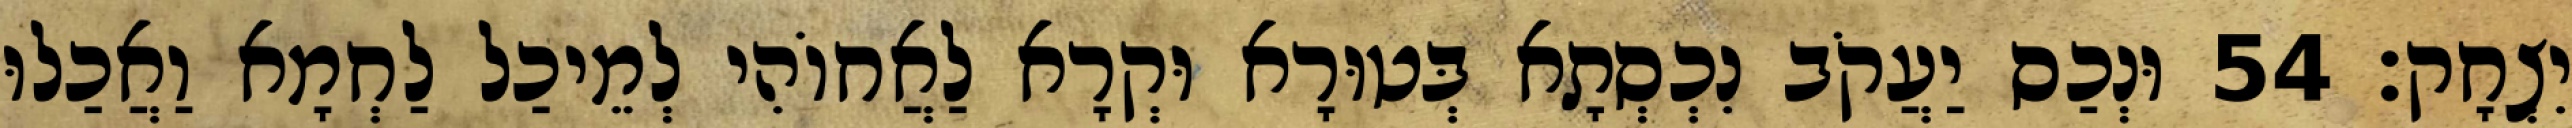
יִצְחָק׃ 54 וּנְכַס יַעֲקֹב נִכְסְתָא בְּטוּרָא וּקְרָא לַאֲחוֹהִי לְמֵיכַל לַחְמָא וַאֲכַלוּ